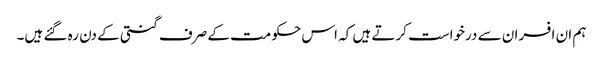
ہم ان افسران سے درخواست کرتے ہیں کہ اس حکومت کے صرف گنتی کے دن رہ گئے ہیں۔